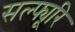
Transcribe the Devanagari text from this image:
सल्फ्यूरि